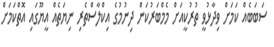
ސަބަބެއް ކަމަށް ވިދާޅުވީ ތުރުކީއަށް މެމްބަރުކަން ދިނުމުގެ އިކްލާސްތެރި ނިޔަތެއް އީޔޫގައި އޮތްކަމަށް